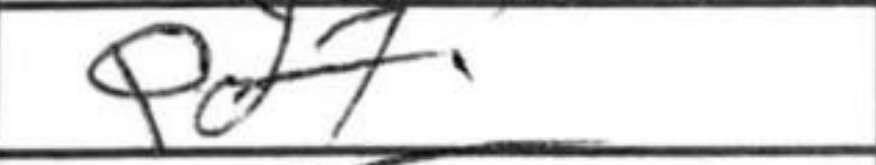
Transcription: Qd7